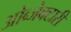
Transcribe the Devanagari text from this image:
ओब्जेक्टारी